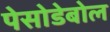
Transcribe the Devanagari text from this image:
पेसोडेबोल